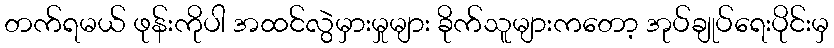
တက်ရမယ် ဖုန်းကိုပါ အထင်လွဲမှားမှုများ ခိုက်သူများကတော့ အုပ်ချုပ်ရေးပိုင်းမှ